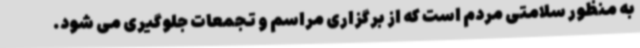
به منظور سلامتی مردم است که از برگزاری مراسم و تجمعات جلوگیری می شود.